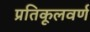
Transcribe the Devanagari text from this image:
प्रतिकूलवर्ण